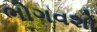
ભોગવશો